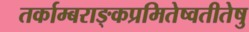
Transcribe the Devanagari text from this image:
तर्काम्बराङ्कप्रमितेष्वतीतेषु